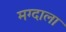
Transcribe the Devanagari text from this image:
मग्दाला